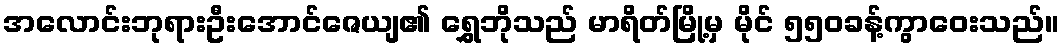
အလောင်းဘုရားဦးအောင်ဇေယျ၏ ရွှေဘိုသည် မာရိတ်မြို့မှ မိုင် ၅၅၀ခန့်ကွာဝေးသည်။